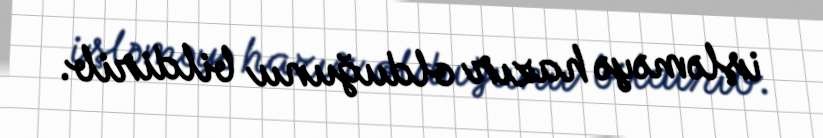
işləməyə hazır olduğunu bildirib.